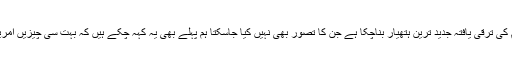
اس پر طرہ یہ ہے کہ اسرائیل قسم کی ترقی یافتہ جدید ترین ہتھیار بناچکا ہے جن کا تصور بھی نہیں کیا جاسکتا ہم پہلے بھی یہ کہہ چکے ہیں کہ بہت سی چیزیں امریکیوں کے بھی علم میں نہیں ہیں ۔